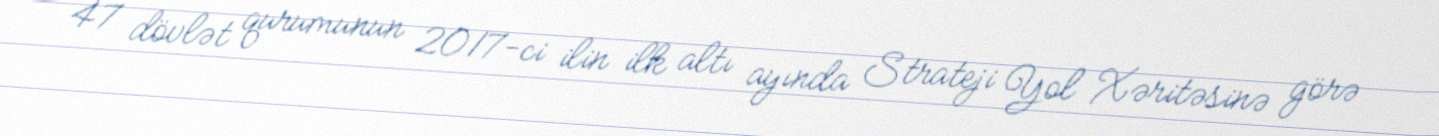
47 dövlət qurumunun 2017-ci ilin ilk altı ayında Strateji Yol Xəritəsinə görə